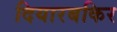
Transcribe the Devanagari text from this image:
दियारबकिर